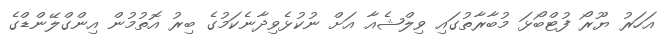
އަހަރު ޔޫރޯ ފުޓްބޯޅަ މުބާރާތުގައި ވިލްޝެއާ އަށް ނުކުޅެވިދާނެކަމުގެ ބިރު އޮތުމުން އިންގްލޭންޑްގެ